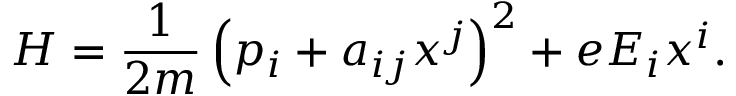
H = \frac { 1 } { 2 m } \left( p _ { i } + a _ { i j } x ^ { j } \right) ^ { 2 } + e E _ { i } x ^ { i } .